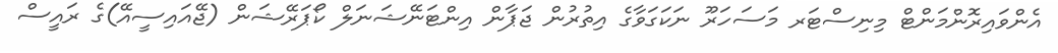
އެންވައިރޮންމަންޓް މިނިސްޓަރ މަސަހަރޫ ނަކަގަވާގެ އިތުރުން ޖަޕާން އިންޓަނޭޝަނަލް ކޯޕަރޭޝަން (ޖޭއައިސީއޭ)ގެ ރައީސް